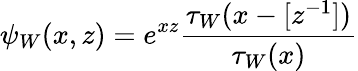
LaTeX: \psi_{W}(x,z)=e^{xz}\frac{\tau_{W}(x-[z^{-1}])}{\tau_{W}(x)}